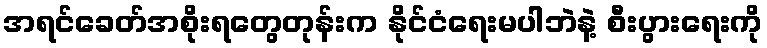
အရင်ခေတ်အစိုးရတွေတုန်းက နိုင်ငံရေးမပါဘဲနဲ့ စီးပွားရေးကို